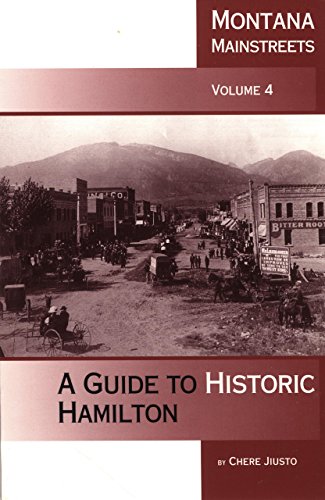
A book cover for Montana Mainstreets, Vol. 4: A Guide to Historic Hamilton; Chere Jiusto; Travel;